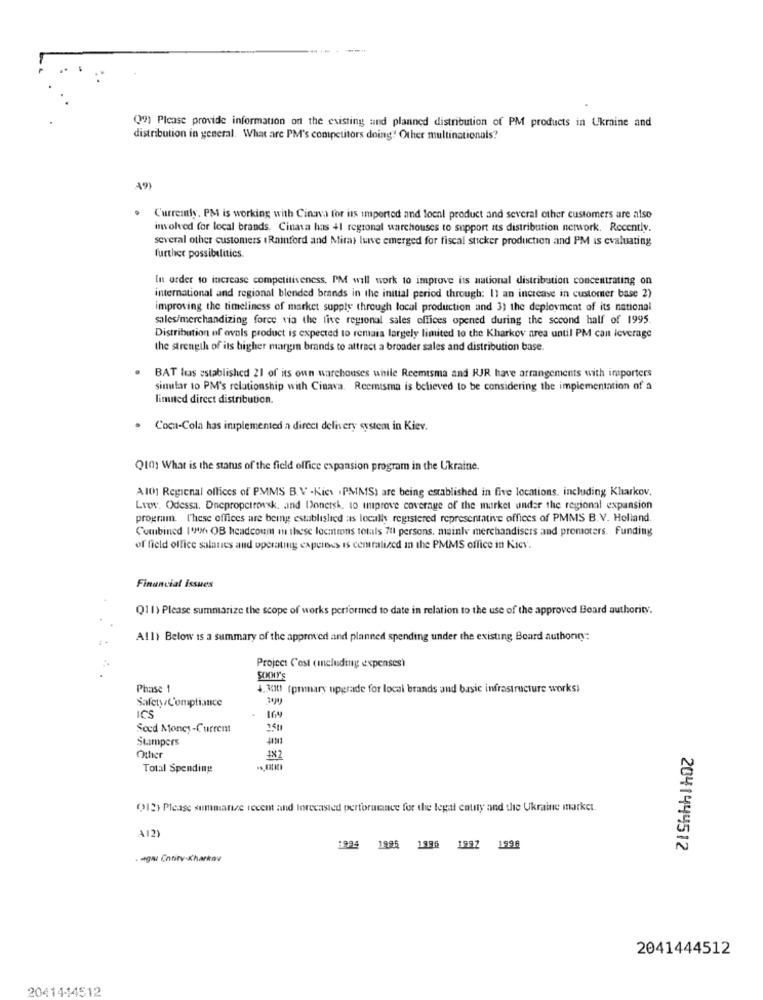
(9) Please provide information on the existing and planned distribution of PM products in Ukraine and
distribution in general. What are PM's competitors doing' Other multinationals?
A9)
Curremly. PM is working with Cincava for its imported and local product and several other customers are also
involved for local brands. Cinasa has +1 regional warchouses to support its distribution network. Recently.
several other customers (Rainford and Mira) Isve emerged for fiscal sticker production and PM is evaluating
further possibilities.
In order to increase competitiveness, PM will work to improve its national distribution concentrating on
international and regional blended brands in the initial period through: 11 an increase in customer base 2)
improving the timeliness of market supply through local production and 3) the deployment of its national
sales/merchandizing force via the live regional sales offices opened during the second half of 1995.
Distribution of ovals product is expected to remaia largely limited to the Kharkov area until PM can icverage
the strength of its higher margin brands to attract a broader sales and distribution base.
BAT Has established 21 of its own warehouses while Reemtsma and RJR have arrangements with importers
sinular to PM's relationship with Cinava. Reemisma is believed to be considering the implementation of a
limited direct distribution.
· Coca-Cola has implemented a direct delivery system in Kiev.
Q10) What is the status of the field office expansion program in the Ukraine.
A10] Regional offices of PMMS B.V -Kies . PMMS) are being established in five locations, including Kharkov.
LIT. Odessa. Dnepropetrovsk, and Donetsk, to improve coverage of the market under the regional expansion
program. T'hese offices are being established as locally registered representative offices of PMMS B. V. Holland.
Combined I'M OB headcount In these locations totals 711 persons, mainly merchandisers and promoters. Funding
of field office salates and operating expenses is centralized in the PMMS office in Kiev.
Financial issues
Q11) Please summarize the scope of works performed to date in relation to the use of the approved Beard authority.
All> Below is a summary of the approved and planned spending under the existing Board authonny:
Project Cost (meluding expenses)
Phase 1
4.300 (primary upgrade for local brands and basic infrastructure works)
SafetyCompliance
ICS
Sced Money-Current
1411
Stampers
Other
Total Spending
(13) Please summanze recent and forecasted performance for the legal caty and the Ukraine market.
A121
1995 1995 1986 1987 1998
2041444512
. ugu Ennitv-Kharkov
2041444512
2041444512